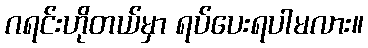
ဂရင်းဟိုတယ်မှာ ရပ်ပေးရပါမလား။